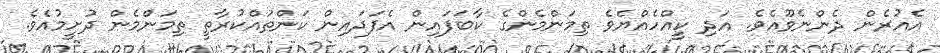
އެއުރެން ދެންނެވޫއެވެ. އަދި ކީއްހެއްޔެވެ ތިމަންމެންގެ ކާބަފައިން އެފަދައިން ކަންތައްކުރާތީ ތިމަންމެން ދުށީމުއެވެ.